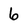
Character: 6